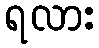
ရလား